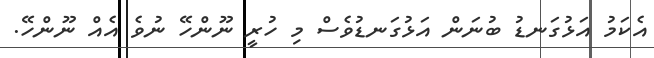
އެކަމު އަޅުގަނޑު ބުނަން އަޅުގަނޑުވެސް މި ހުރީ ނޫންހޭ ނުވެ އެއް ނޫންހޭ.